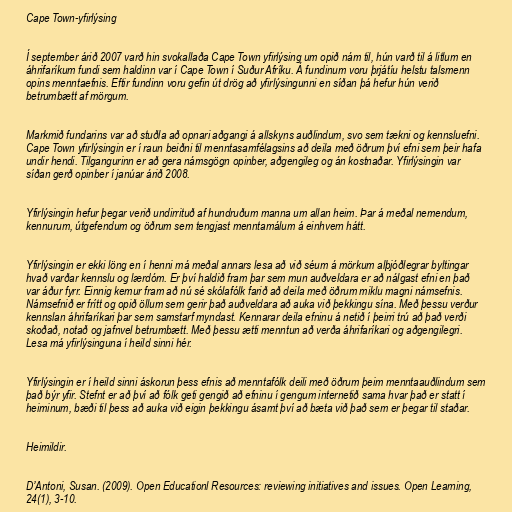
Cape Town-yfirlýsing

Í september árið 2007 varð hin svokallaða Cape Town yfirlýsing um opið nám til, hún varð til á litlum en
áhrifaríkum fundi sem haldinn var í Cape Town í Suður Afríku. Á fundinum voru þrjátíu helstu talsmenn
opins menntaefnis. Eftir fundinn voru gefin út drög að yfirlýsingunni en síðan þá hefur hún verið
betrumbætt af mörgum.

Markmið fundarins var að stuðla að opnari aðgangi á allskyns auðlindum, svo sem tækni og kennsluefni.
Cape Town yfirlýsingin er í raun beiðni til menntasamfélagsins að deila með öðrum því efni sem þeir hafa
undir hendi. Tilgangurinn er að gera námsgögn opinber, aðgengileg og án kostnaðar. Yfirlýsingin var
síðan gerð opinber í janúar árið 2008.

Yfirlýsingin hefur þegar verið undirrituð af hundruðum manna um allan heim. Þar á meðal nemendum,
kennurum, útgefendum og öðrum sem tengjast menntamálum á einhvern hátt.

Yfirlýsingin er ekki löng en í henni má meðal annars lesa að við séum á mörkum alþjóðlegrar byltingar
hvað varðar kennslu og lærdóm. Er því haldið fram þar sem mun auðveldara er að nálgast efni en það
var áður fyrr. Einnig kemur fram að nú sé skólafólk farið að deila með öðrum miklu magni námsefnis.
Námsefnið er frítt og opið öllum sem gerir það auðveldara að auka við þekkingu sína. Með þessu verður
kennslan áhrifaríkari þar sem samstarf myndast. Kennarar deila efninu á netið í þeirri trú að það verði
skoðað, notað og jafnvel betrumbætt. Með þessu ætti menntun að verða áhrifaríkari og aðgengilegri.
Lesa má yfirlýsinguna í heild sinni hér.

Yfirlýsingin er í heild sinni áskorun þess efnis að menntafólk deili með öðrum þeim menntaauðlindum sem
það býr yfir. Stefnt er að því að fólk geti gengið að efninu í gengum internetið sama hvar það er statt í
heiminum, bæði til þess að auka við eigin þekkingu ásamt því að bæta við það sem er þegar til staðar.

Heimildir.

D’Antoni, Susan. (2009). Open Educationl Resources: reviewing initiatives and issues. Open Learning,
24(1), 3-10.